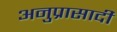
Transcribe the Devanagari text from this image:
अनुप्रासादी